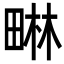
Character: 𭻜